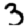
Digit: 3